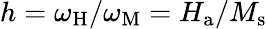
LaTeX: h=\omega_{\mathrm{H}}/\omega_{\mathrm{M}}=H_{\mathrm{a}}/M_{\mathrm{s}}